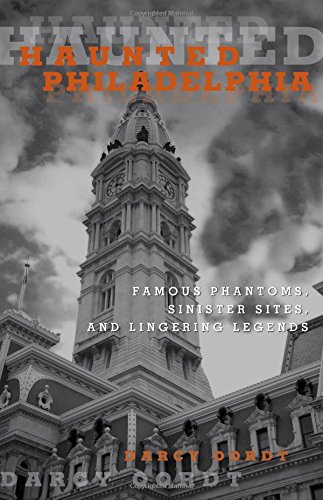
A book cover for Haunted Philadelphia: Famous Phantoms, Sinister Sites, and Lingering Legends; Darcy Oordt; Religion & Spirituality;